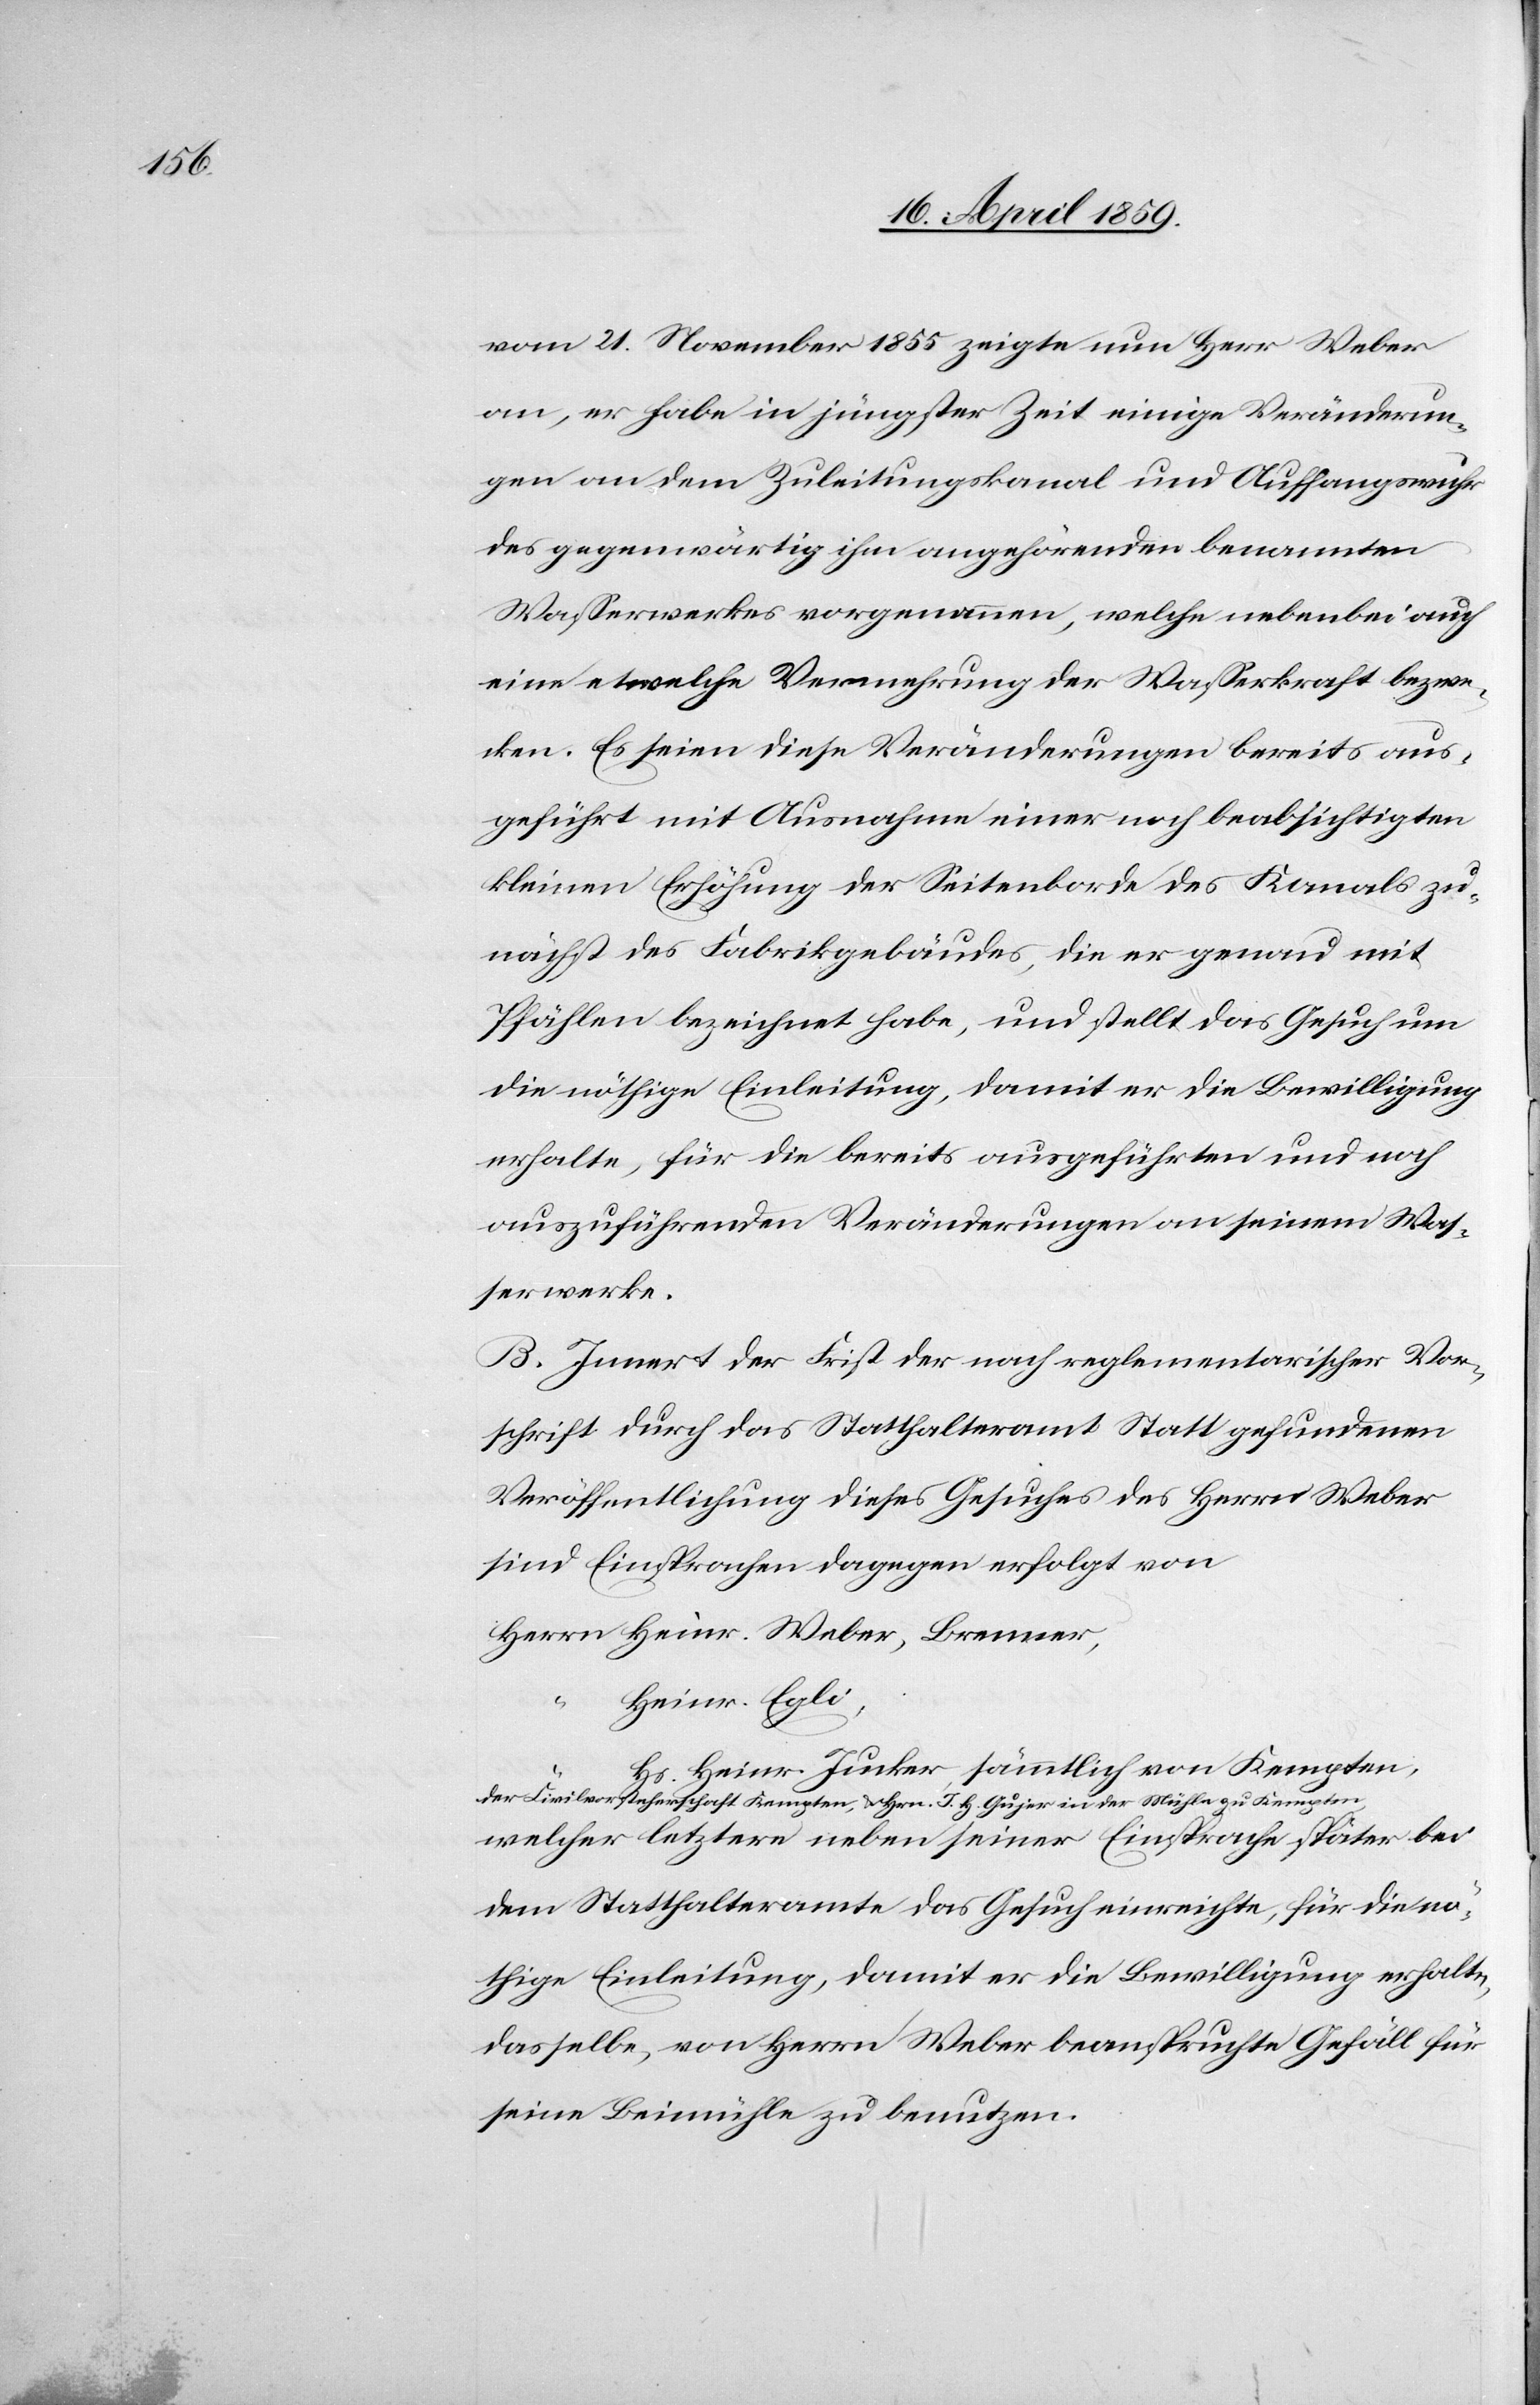
vom 21. November 1855 zeigte nun Herr Weber
an, er habe in jüngster Zeit einige Veränderun¬
gen an dem Zuleitungskanal und Auffangwuhr
des gegenwärtig ihm angehörenden benannten
Waßerwerkes vorgenommen, welche nebenbei auch
eine etwelche Vermehrung der Waßerkraft bezwe¬
cken. Es seien diese Veränderungen bereits aus¬
geführt mit Ausnahme einer noch beabsichtigten
kleinen Erhöhung der Seitenborde des Kanals zu¬
nächst des Fabrikgebäudes, die er genau mit
Pfählen bezeichnet habe, und stellt das Gesuch um
die nöthige Einleitung, damit er die Bewilligung
erhalte, für die bereits ausgeführten und noch
auszuführenden Veränderungen an seinem Waß¬
erwerke.
B. Innert der Frist der nach reglementarischer Vor¬
schrift durch das Statthalteramt Statt gefundenen
Veröffentlichung dieses Gesuches des Herrn Weber
sind Einsprachen dagegen erfolgt von
Herrn Heinr. Weber, Brenner,
Heinr. Egli,
“
Hs. Heinr. Junker, sämmtlich von Kempten,
der Civilvorsteherschaft Kempten, & Hrn. J. H. Gujer in der Mühle zu Kempten,
welcher letztere neben seiner Einsprache später bei
dem Statthalteramte das Gesuch einreichte, für die nö¬
thige Einleitung, damit er die Bewilligung erhalte,
dasselbe, von Herrn Weber beanspruchte Gefäll für
seine Beimühle zu benutzen.